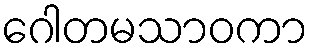
ဂေါတမသာဝကာ